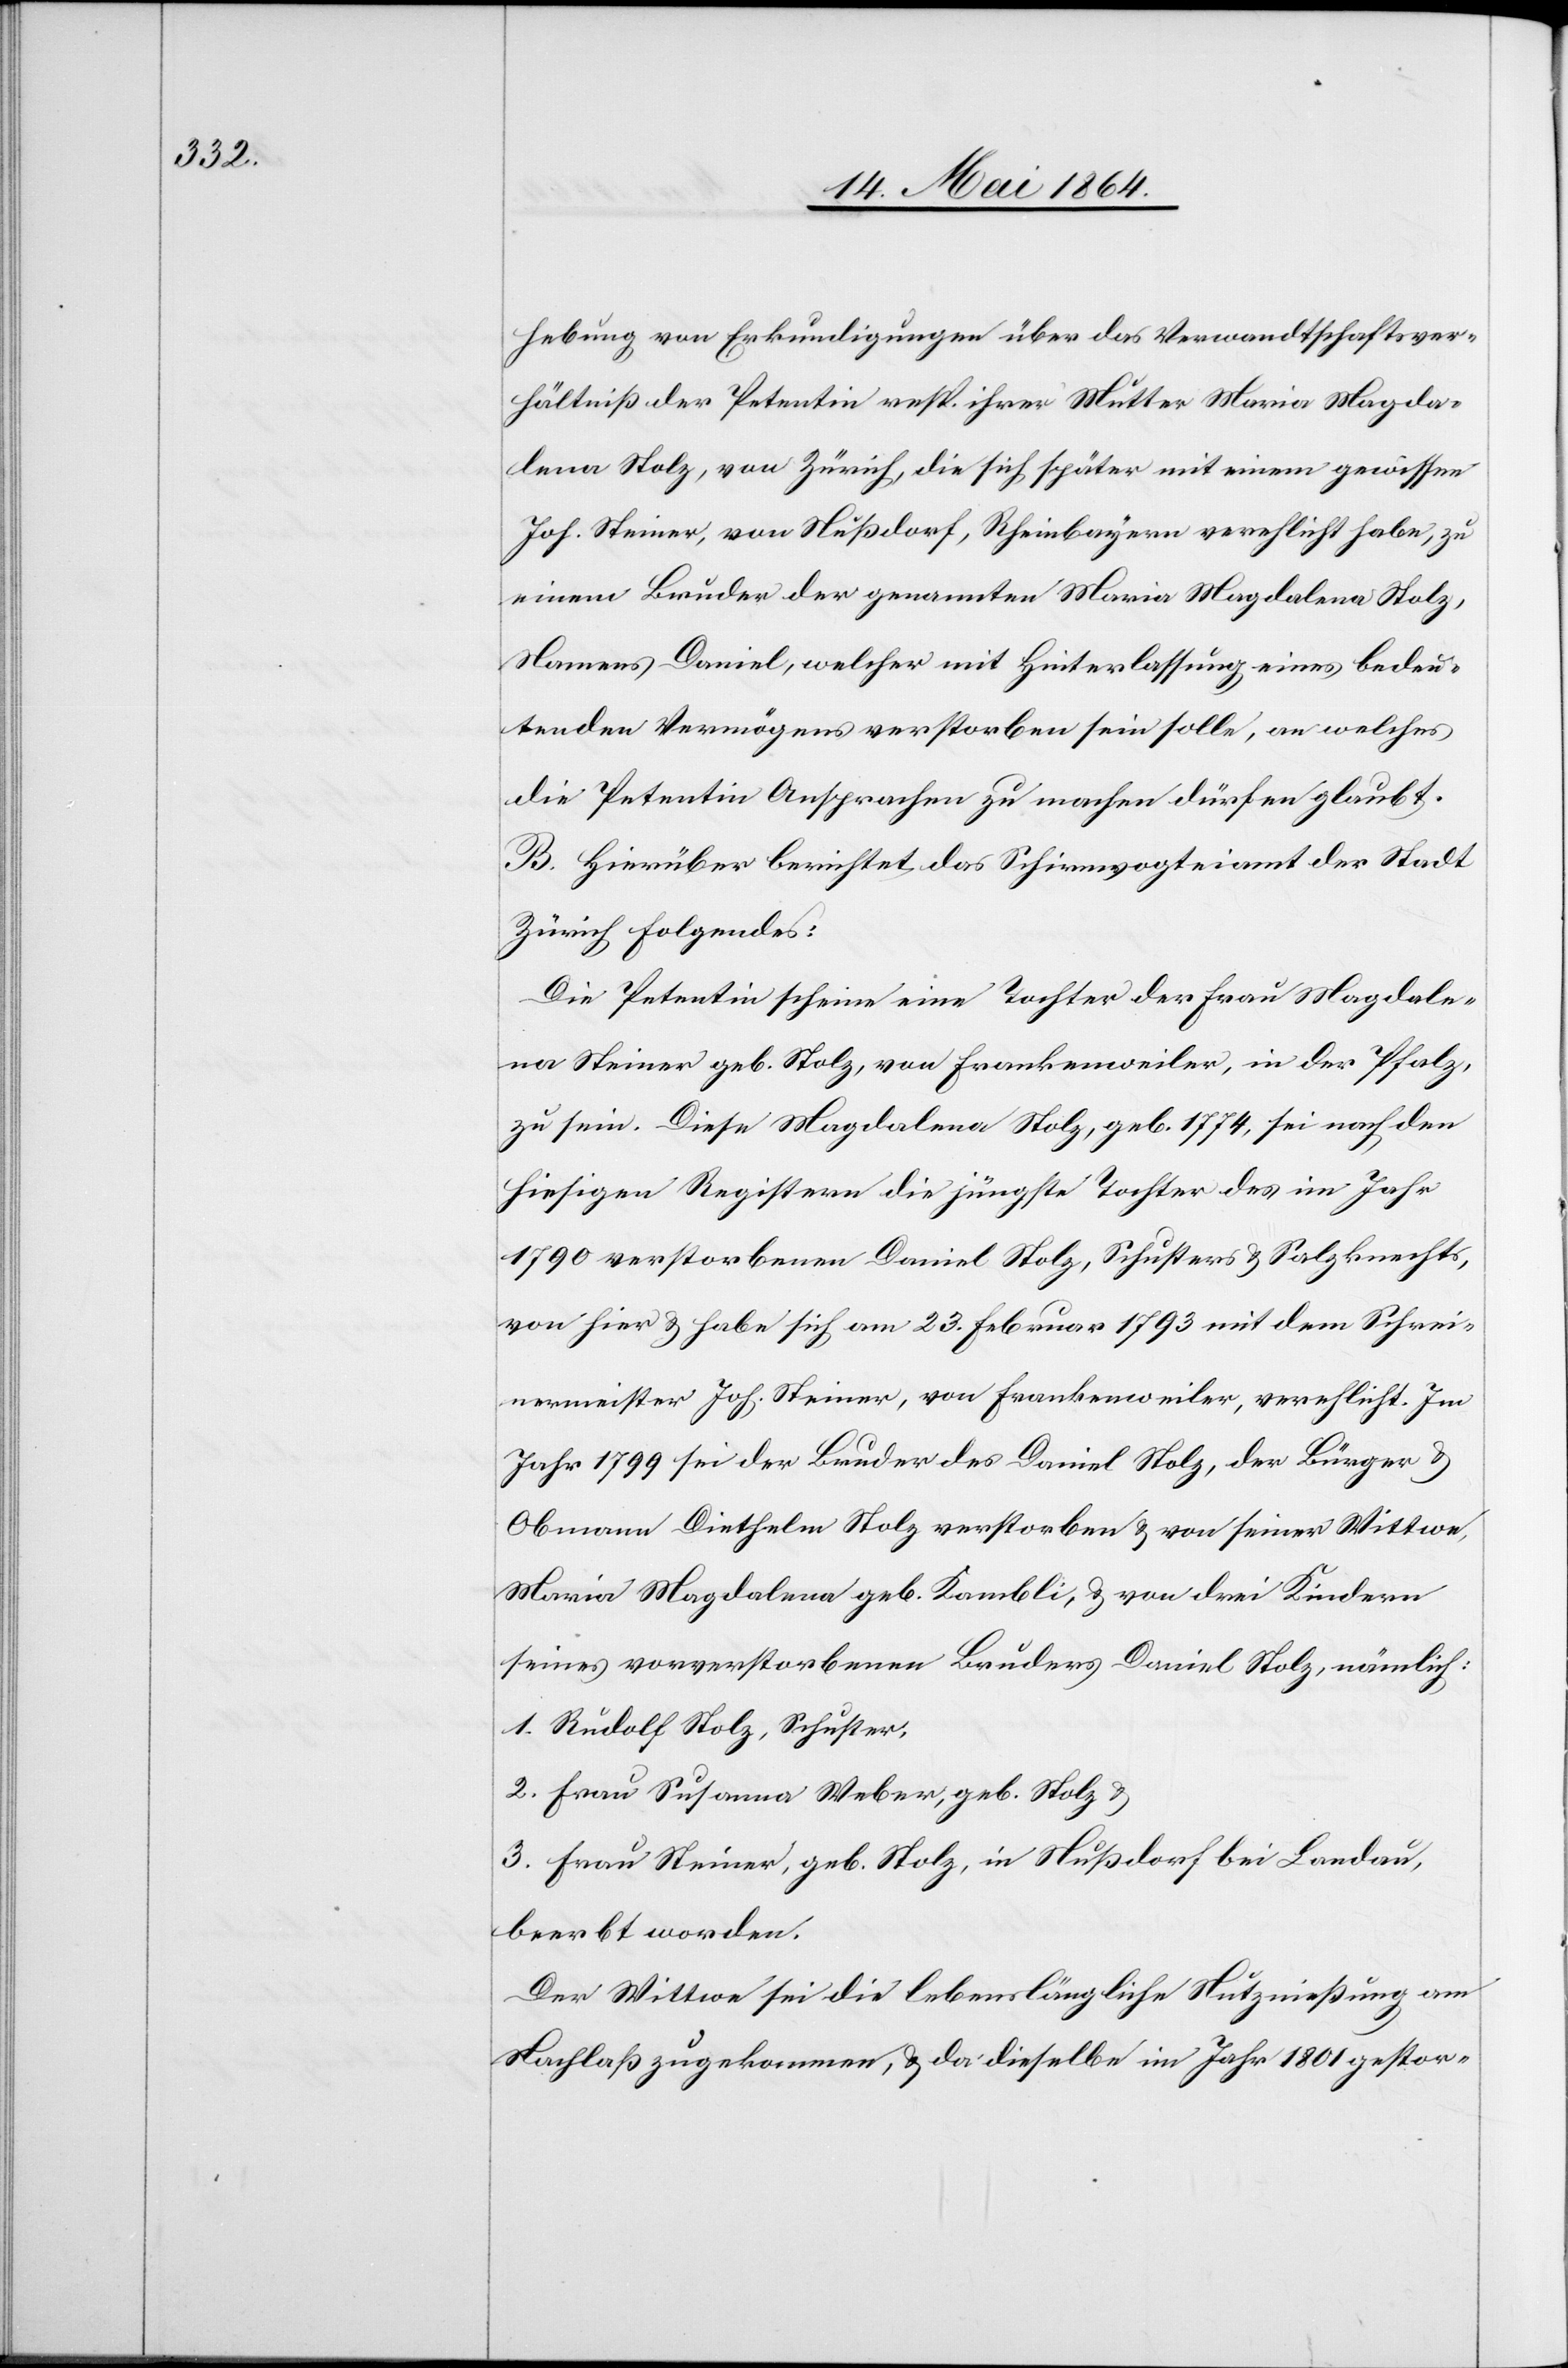
hebung von Erkundigungen über das Verwandtschaftsver¬
hältniß der Petentin resp. ihrer Mutter Maria Magda¬
lena Stolz, von Zürich, die sich später mit einem gewissen
Joh. Steiner, von Nußdorf, Rheinbayern verehlicht habe, zu
einem Bruder der genannten Maria Magdalena Stolz,
Namens Daniel, welcher mit Hinterlassung eines bedeu¬
tenden Vermögens verstorben sein solle, an welches
die Petentin Ansprachen zu machen dürfen glaubt.
B. Hierüber berichtet das Schirmvogteiamt der Stadt
Zürich Folgendes:
Die Petentin scheine eine Tochter der Frau Magdale¬
na Steiner geb. Stolz, von Frankenweiler, in der Pfalz
zu sein. Diese Magdalena Stolz, geb. 1774, sei nach den
hiesigen Registern die jüngste Tochter des im Jahr
1790 verstorbenen Daniel Stolz, Schusters u. Salzknechts,
von hier u. habe sich am 23. Februar 1793 mit dem Schrei¬
nermeister Joh. Steiner, von Frankenweiler, verehelicht. Im
Jahr 1799 sei der Bruder des Daniel Stolz, der Bürger u.
Obmann Diethelm Stolz verstorben u. von seiner Wittwe
Maria Magdalena geb. Kambli, u. von drei Kindern
seines vorverstorbenen Bruders Daniel Stolz, nämlich:
1. Rudolf Stolz, Schuster,
2. Frau Susanna Weber, geb. Stolz u.
3. Frau Steiner, geb. Stolz, in Nußdorf bei Landau,
beerbt worden.
Der Wittwe sei die lebenslängliche Nutznießung am
Nachlaß zugekommen, u. da dieselbe im Jahr 1801 gestor-